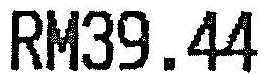
RM39.44